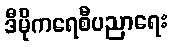
ဒီမိုကရေစီပညာရေး